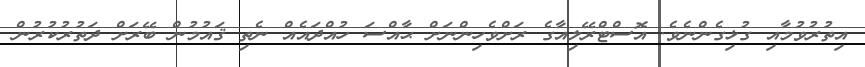
އިތުރުވުމާއި ގުޅިގެންނެވެ. އޮސްޓްރޭލިއާގެ ރަށްވެހިންނަށް ޙާއްސަ ހުއްދައެއް ނެތި ޤައުމުން ބޭރަށް ދަތުރުކުރުން